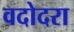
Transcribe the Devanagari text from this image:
वदोदरा